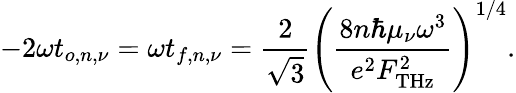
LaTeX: -2\omega t_{o,n,\nu}=\omega t_{f,n,\nu}=\frac{2}{\sqrt{3}}\left(\frac{8n\hbar\mu_{\nu}\omega^{3}}{e^{2}F_{\mathrm{{THz}}}^{2}}\right)^{1/4}.